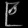
Digit: ၉